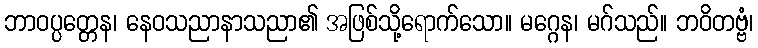
ဘာဝပ္ပတ္တေန၊ နေဝသညာနာသညာ၏ အဖြစ်သို့ရောက်သော။ မဂ္ဂေန၊ မဂ်သည်။ ဘဝိတဗ္ဗံ၊